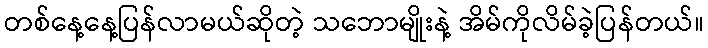
တစ်နေ့နေ့ပြန်လာမယ်ဆိုတဲ့ သဘောမျိုးနဲ့ အိမ်ကိုလိမ်ခဲ့ပြန်တယ်။